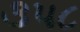
૩૫૮